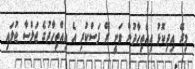
މިރޭ އިދިކޮޅު އިއްތިހާދުން ވަނީ ރޭ ފަސްކުރި އެ އިއްތިހާދުގެ ޖަލްސާ ޖުލައި